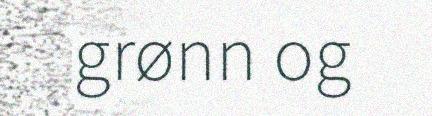
grønn og